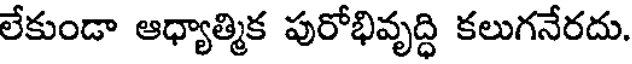
లేకుండా ఆధ్యాత్మిక పురోభివృద్ధి కలుగనేరదు.